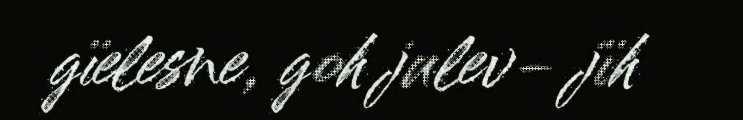
gïelesne, goh julev- jïh